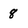
Character: 8